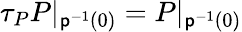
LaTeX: \tau_{P}P|_{\mathsf{p}^{-1}(0)}=P|_{\mathsf{p}^{-1}(0)}